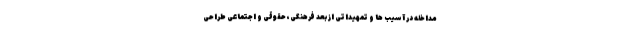
مداخله در آسیب ها و تمهیداتی از بعد فرهنگی، حقوقی و اجتماعی طراحی